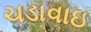
ચડાવાઇ